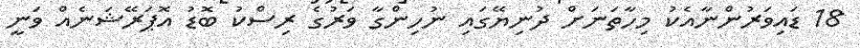
18 ޑައިވަރުންނާއެކު މިހާތަނަށް ދުނިޔޭގައި ނުހިންގާ ވަރުގެ ރިސްކު ބޮޑު އޮޕަރޭޝަނެއް ވަނީ